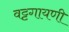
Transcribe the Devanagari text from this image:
वट्टगायणी